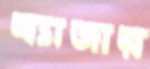
ব্যাজার